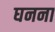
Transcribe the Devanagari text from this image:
घनना